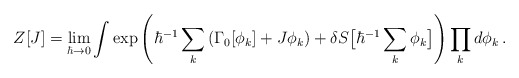
\begin{align*}Z[J]= \lim_{\hbar\to 0}\int\exp\left(\hbar^{-1}\sum_k\left(\Gamma_0[\phi_k]+J\phi_k\right)+\delta S\big[\hbar^{-1}\sum_k\phi_k\big]\right)\prod_kd\phi_k \,.\end{align*}